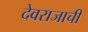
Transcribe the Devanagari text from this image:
देवराजाची